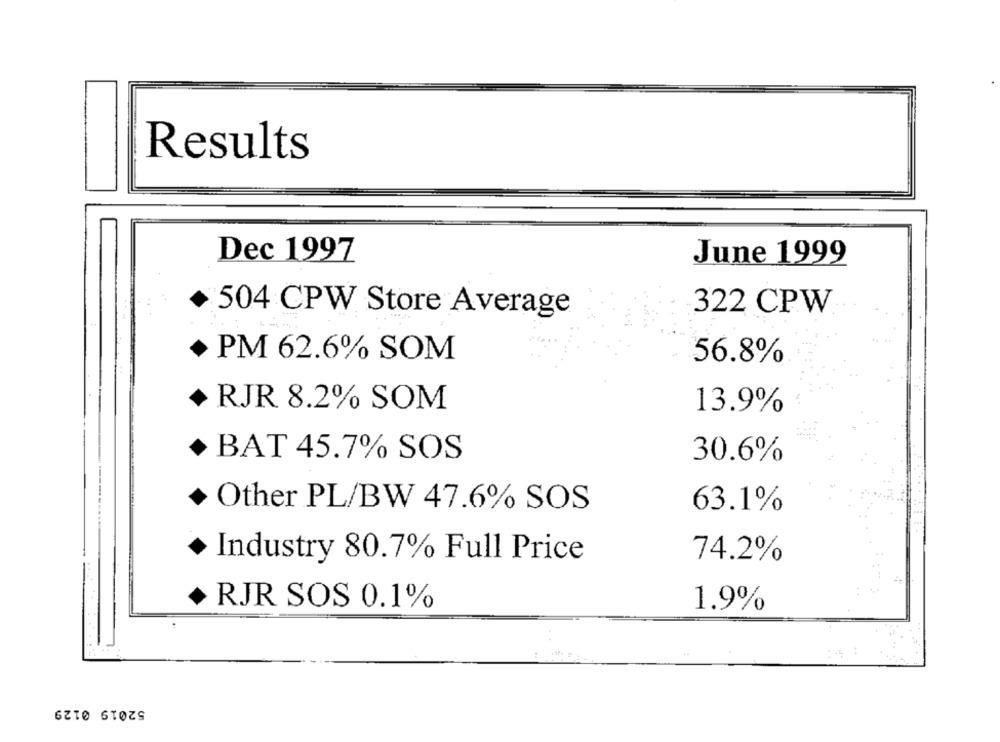
Results
Dec 1997
June 1999
322 CPW
504 CPW Store Average
PM 62.6% SOM
56.8%
RJR 8.2% SOM
13.9%
BAT 45.7% SOS
30.6%
+ Other PL/BW 47.6% SOS
63.1%
74.2%
Industry 80.7% Full Price
RJR SOS 0.1%
1.9%
52019 0129